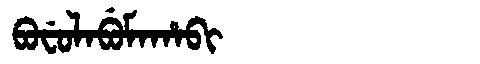
Manchu: ᠪᠣᠸᡠᠯᠠᠪᡠᠮᠠᡥᠠᠪᡳ
Romanization: BOFULABUMAHABI